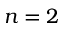
n = 2